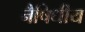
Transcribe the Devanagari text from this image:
नैषिधीय